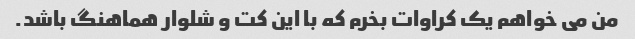
من می خواهم یک کراوات بخرم که با این کت و شلوار هماهنگ باشد.